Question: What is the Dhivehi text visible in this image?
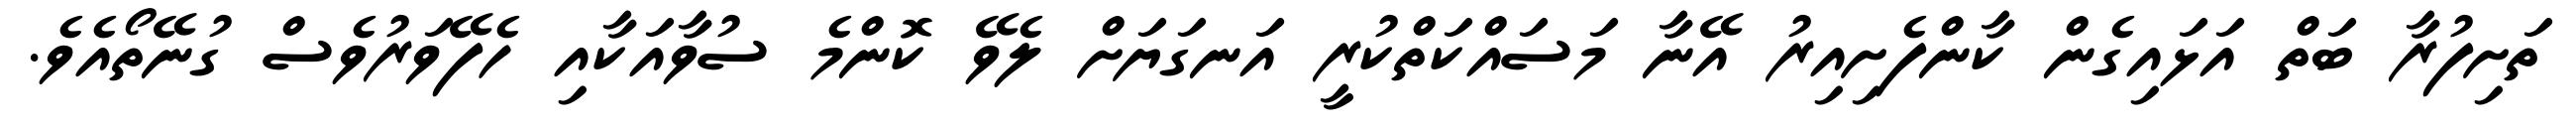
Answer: ތަށިފުރާ ބަތް އަޅައިގެން ކާންފެށިއިރު އޭނާ މަސައްކަތްކުރީ އަނގަޔަށް ލެވޭ ކޮންމެ ސުވާއަކާއި ހެފޭވަރުވެސް ގުނޭތޯއެވެ.